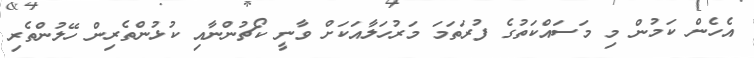
އެހެން ކަމުން މި މަސައްކަތުގެ ފުރަތަމަ މަރުހަލާއަކަށް ވާނީ ކޯޗުންނާއި ކުޅުންތެރިން ހޭލުންތެރި